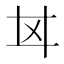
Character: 𢌰